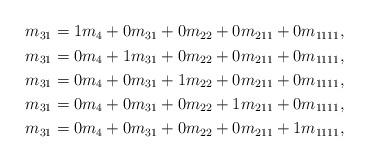
LaTeX: \begin{align*} \begin{aligned} m_{31} &= 1m_4 + 0m_{31} + 0m_{22} + 0m_{211} + 0m_{1111},\\ m_{31} &= 0m_4 + 1m_{31} + 0m_{22} + 0m_{211} + 0m_{1111},\\ m_{31} &= 0m_4 + 0m_{31} + 1m_{22} + 0m_{211} + 0m_{1111},\\ m_{31} &= 0m_4 + 0m_{31} + 0m_{22} + 1m_{211} + 0m_{1111},\\ m_{31} &= 0m_4 + 0m_{31} + 0m_{22} + 0m_{211} + 1m_{1111}, \end{aligned}\end{align*}